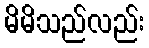
မိမိသည်လည်း